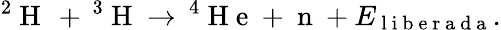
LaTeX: ^2\mathrm{~H~}\, +\, ^{3}\mathrm{~H~}\to\, ^{4}\mathrm{~H~e~}+\mathrm{~n~}+E_{\mathrm{~l~i~b~e~r~a~d~a~}}.